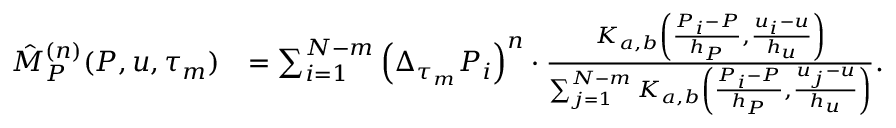
\begin{array} { r l } { \hat { M } _ { P } ^ { ( n ) } ( P , u , \tau _ { m } ) } & { = \sum _ { i = 1 } ^ { N - m } \left( \Delta _ { \tau _ { m } } P _ { i } \right) ^ { n } \cdot \frac { K _ { a , b } \left( \frac { P _ { i } - P } { h _ { P } } , \frac { u _ { i } - u } { h _ { u } } \right) } { \sum _ { j = 1 } ^ { N - m } K _ { a , b } \left( \frac { P _ { i } - P } { h _ { P } } , \frac { u _ { j } - u } { h _ { u } } \right) } . } \end{array}